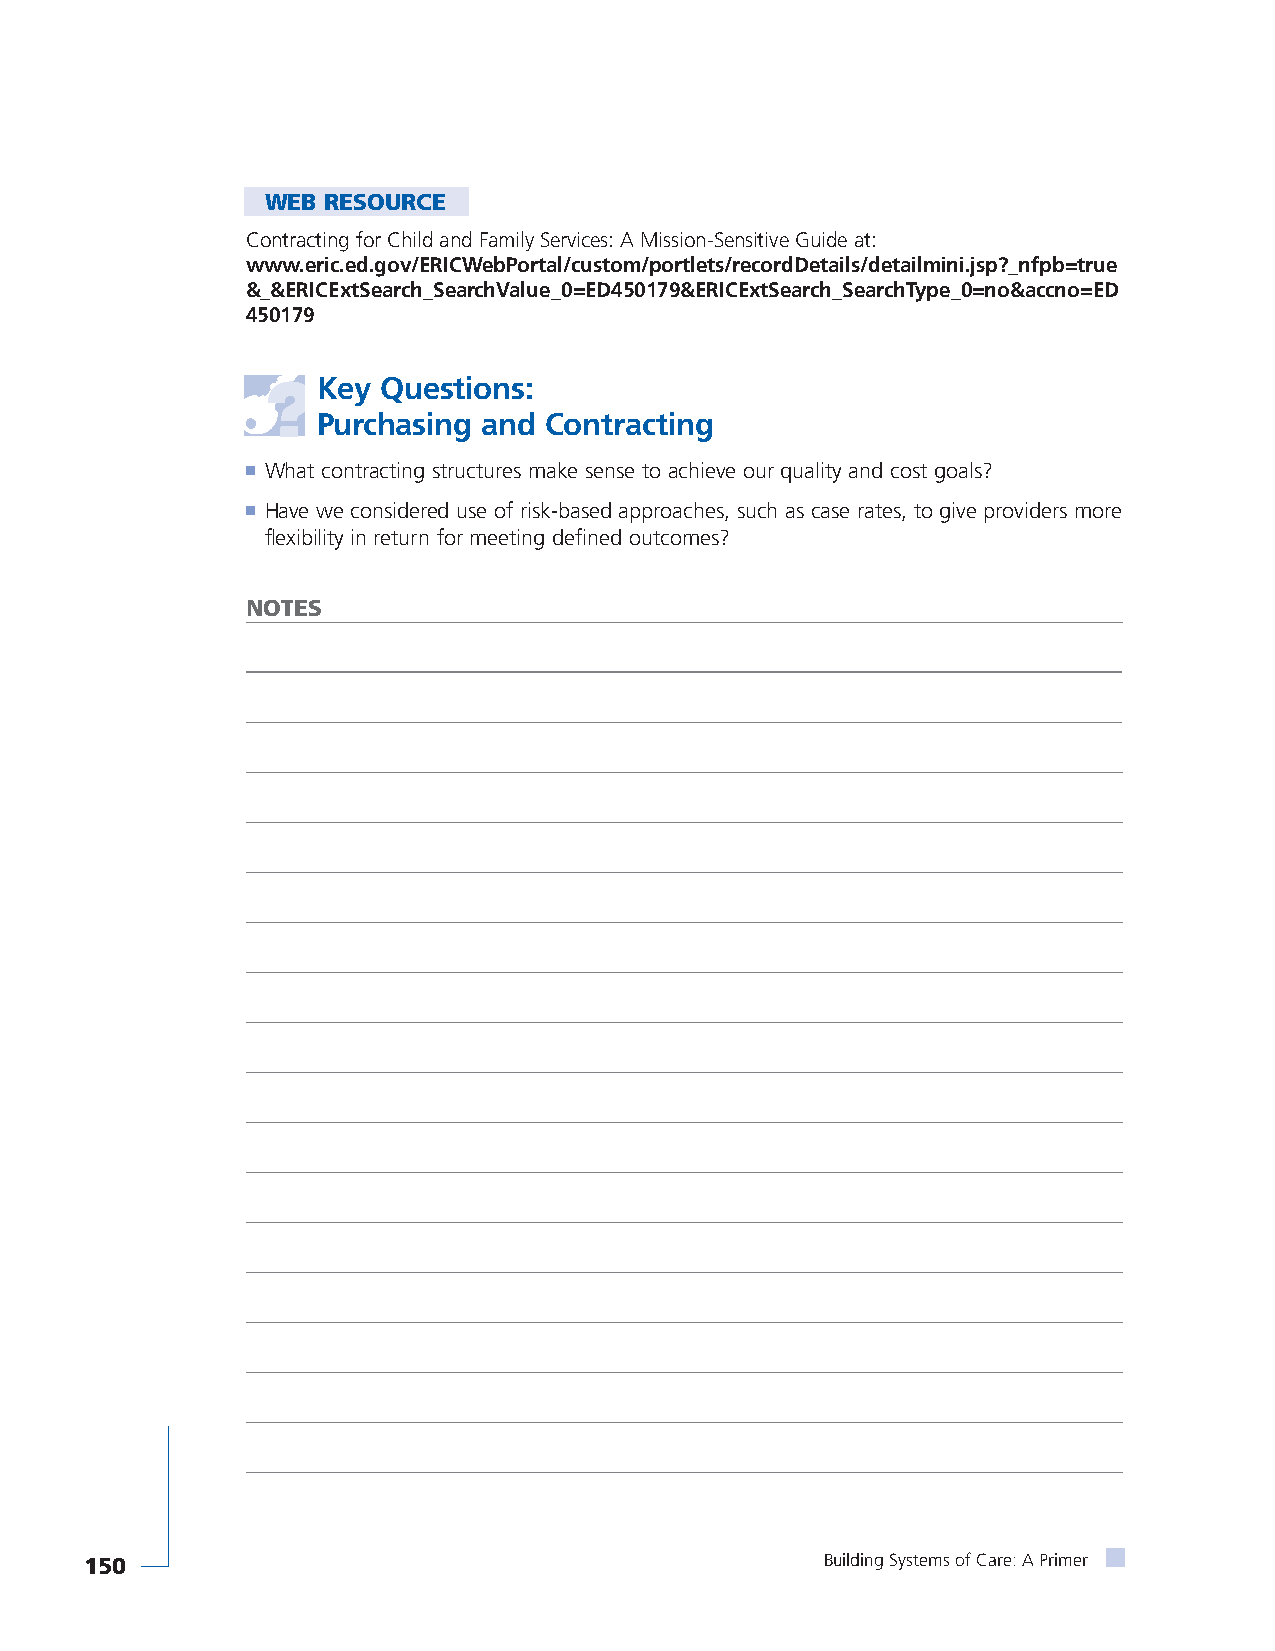
WEB RESOURCE
 Contracting for Child and Family Services: A Mission-Sensitive Guide at:
 www.eric.ed.gov/ERICWebPortal/custom/portlets/recordDetails/detailmini.jsp?_nfpb=true
 &_&ERICExtSearch_SearchValue_0=ED450179&ERICExtSearch_SearchType_0=no&accno=ED
 450179
 Key Questions:
 Purchasing and Contracting
 ■ What contracting structures make sense to achieve our quality and cost goals?
 ■ Have we considered use of risk-based approaches, such as case rates, to give providers more
 flexibility in return for meeting defined outcomes?
 NOTES
 150                                              Building Systems of Care: A Primer